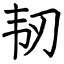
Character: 韧